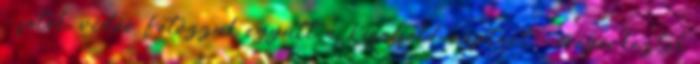
- fotók, videó Fotózzuk együtt a Kisalföld-naptárt - megérkeztek